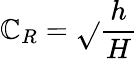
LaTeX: \mathbb{C}_{R}={\sqrt{}{{\frac{{h}}{{H}}}}}